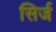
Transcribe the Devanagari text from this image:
सिर्ज